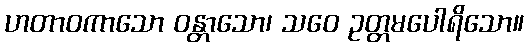
ဟတာဝကာသော ဝန္တာသော၊ သဝေ ဥတ္တမပေါရိသော။